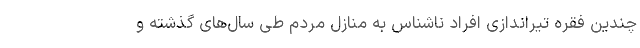
چندین فقره تیراندازی افراد ناشناس به منازل مردم طی سال‌های گذشته و